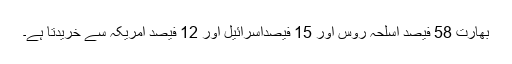
بھارت 58 فیصد اسلحہ روس اور 15 فیصداسرائیل اور 12 فیصد امریکہ سے خریدتا ہے۔